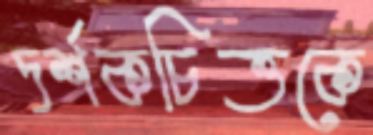
দর্শকচিত্তকে